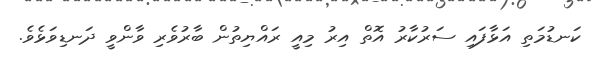
ކަނޑުމަތި އަޅާފައި ސަރުކާރު އޮތް އިރު މިއީ ރައްޔިތުން ބާރުވެރި ވާންވީ ދަނޑިވަޅެވެ.